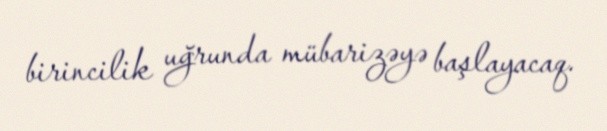
birincilik uğrunda mübarizəyə başlayacaq.